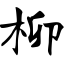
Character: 柳